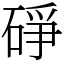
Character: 碀